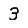
Digit: 3